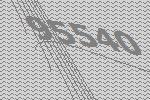
95540